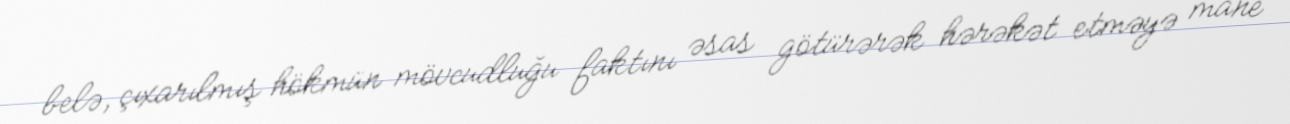
belə, çıxarılmış hökmün mövcudluğu faktını əsas götürərək hərəkət etməyə mane